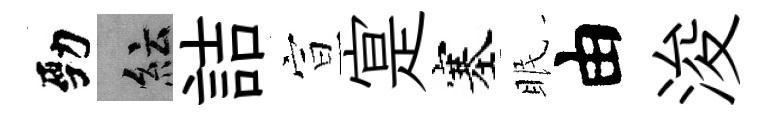
勁紜詰宣寔塞眠由浚